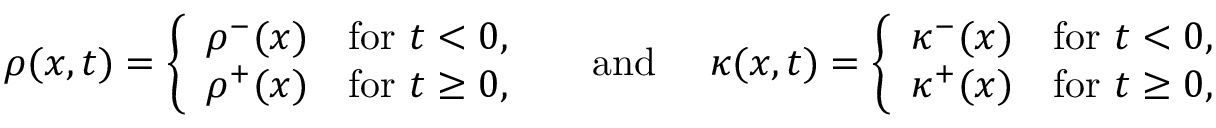
\begin{array} { r } { \rho ( x , t ) = \left\{ \begin{array} { l l } { \rho ^ { - } ( x ) } & { \mathrm { f o r ~ } t < 0 , } \\ { \rho ^ { + } ( x ) } & { \mathrm { f o r ~ } t \geq 0 , } \end{array} \right. \quad \mathrm { ~ a n d ~ } \quad \kappa ( x , t ) = \left\{ \begin{array} { l l } { \kappa ^ { - } ( x ) } & { \mathrm { f o r ~ } t < 0 , } \\ { \kappa ^ { + } ( x ) } & { \mathrm { f o r ~ } t \geq 0 , } \end{array} \right. } \end{array}